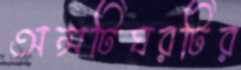
অন্সটিঘরটির